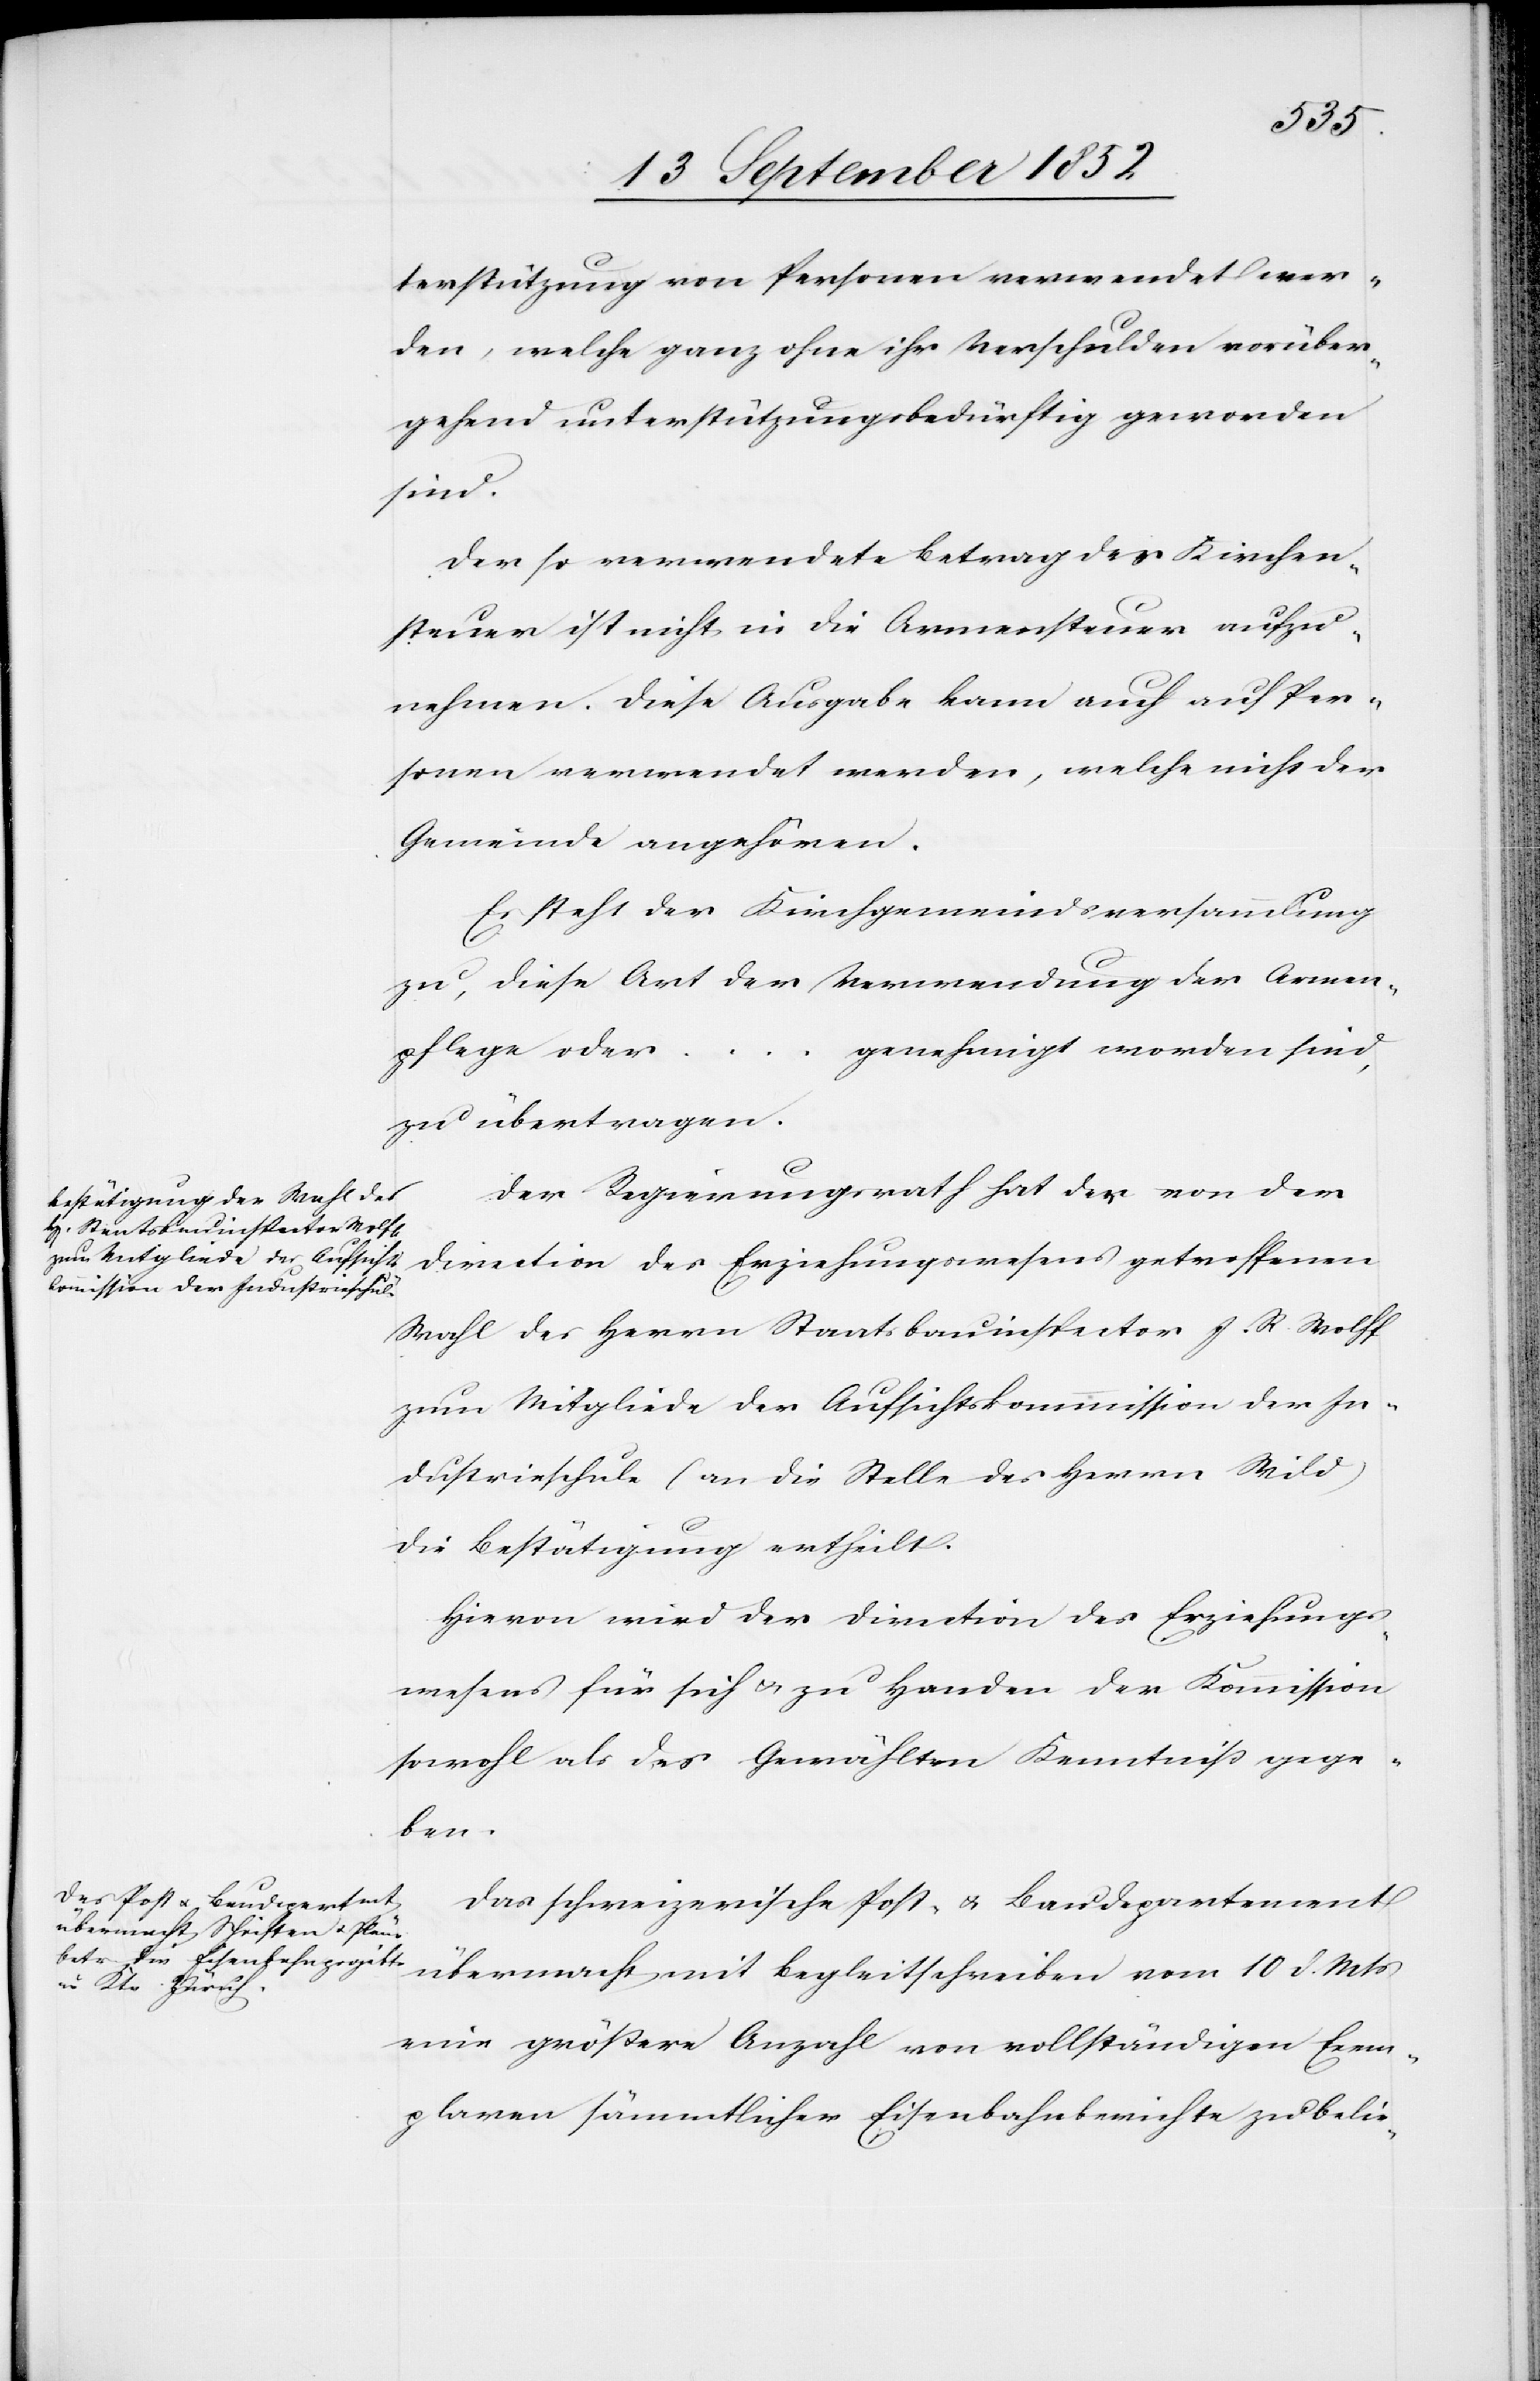
terstützung von Personen verwendet wer¬
den, welche ganz ohne ihr Verschulden vorüber¬
gehend unterstützungsbedürftig geworden
sind.
Der so verwendete Betrag der Kirchen¬
steuer ist nicht in die Armensteuer aufzu¬
nehmen. Diese Ausgabe kann auch auf Per¬
sonen verwendet werden, welche nicht der
Gemeinde angehören.
Es steht der Kirchgemeindsversammlung
zu, diese Art der Verwendung der Armen¬
genehmigt worden sind,
pflege oder
…
zu übertragen.
Der Regierungsrath hat der von der
Direction des Erziehungswesens getroffenen
Wahl des Herrn Staatsbauinspector J. R. Wolff
zum Mitgliede der Aufsichtskommission der In¬
dustrieschule (an die Stelle des Herrn Wild)
die Bestätigung ertheilt.
Hievon wird der Direction des Erziehungs¬
wesens für sich & zu Handen der Kommission
sowohl als des Gewählten Kenntniß gege¬
ben.
Das schweizerische Post- & Baudepartement
übermacht mit Begleitschreiben vom 10 d. Mts
eine größere Anzahl von vollständigen Exem¬
plaren sämmtlicher Eisenbahnberichte zu belie-